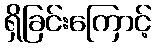
ရှိခြင်းကြောင့်